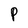
Character: P